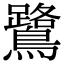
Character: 鷺